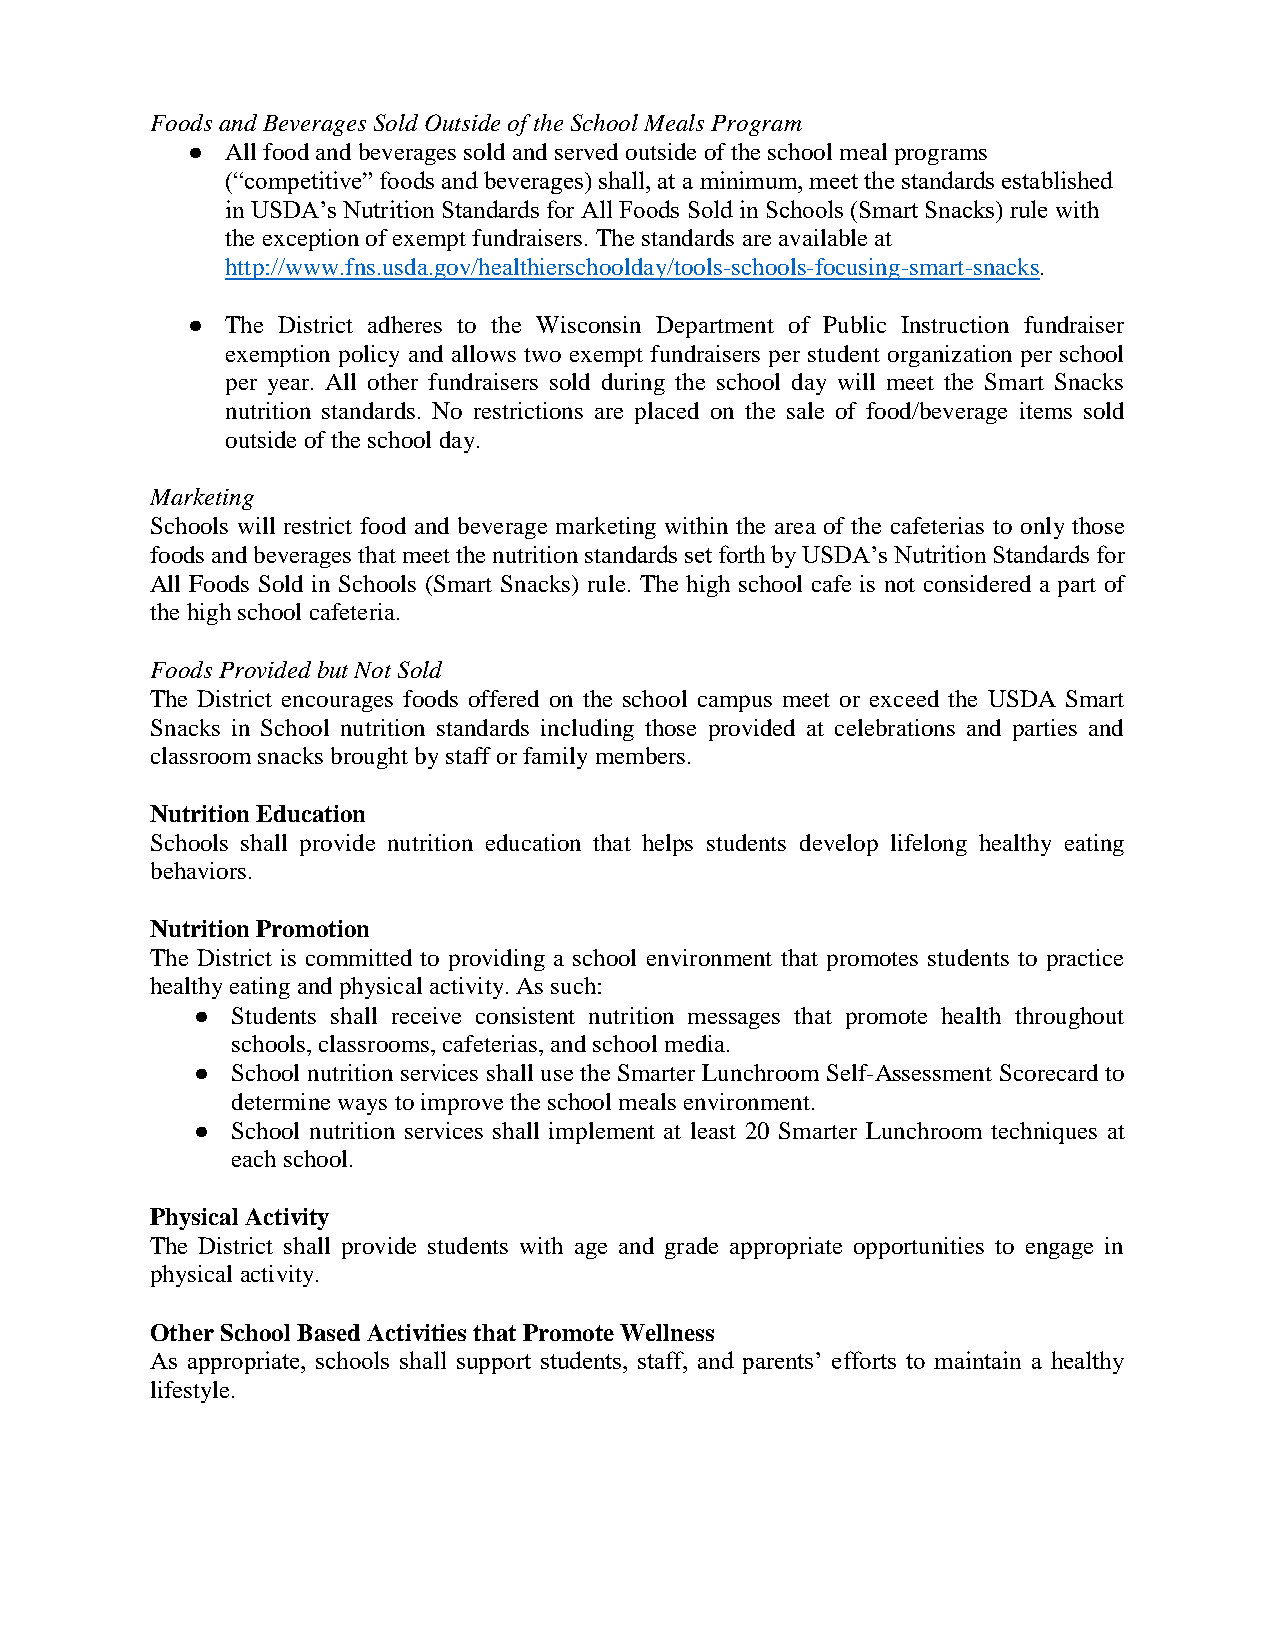
Foods and Beverages Sold Outside of the School Meals Program
 ●  All food and beverages sold and served outside of the school meal programs
 (“competitive” foods and beverages) shall, at a minimum, meet the standards established
 in USDA’s Nutrition Standards for All Foods Sold in Schools (Smart Snacks) rule with
 the exception of exempt fundraisers. The standards are available at
 http://www.fns.usda.gov/healthierschoolday/tools-schools-focusing-smart-snacks.
 ●  The District adheres to the Wisconsin Department of Public Instruction fundraiser
 exemption policy and allows two exempt fundraisers per student organization per school
 per year. All other fundraisers sold during the school day will meet the Smart Snacks
 nutrition standards. No restrictions are placed on the sale of food/beverage items sold
 outside of the school day.
 Marketing
 Schools will restrict food and beverage marketing within the area of the cafeterias to only those
 foods and beverages that meet the nutrition standards set forth by USDA’s Nutrition Standards for
 All Foods Sold in Schools (Smart Snacks) rule. The high school cafe is not considered a part of
 the high school cafeteria.
 Foods Provided but Not Sold
 The District encourages foods offered on the school campus meet or exceed the USDA Smart
 Snacks in School nutrition standards including those provided at celebrations and parties and
 classroom snacks brought by staff or family members.
 Nutrition Education
 Schools shall provide nutrition education that helps students develop lifelong healthy eating
 behaviors.
 Nutrition Promotion
 The District is committed to providing a school environment that promotes students to practice
 healthy eating and physical activity. As such:
 ● Students shall receive consistent nutrition messages that promote health throughout
 schools, classrooms, cafeterias, and school media.
 ● School nutrition services shall use the Smarter Lunchroom Self-Assessment Scorecard to
 determine ways to improve the school meals environment.
 ● School nutrition services shall implement at least 20 Smarter Lunchroom techniques at
 each school.
 Physical Activity
 The District shall provide students with age and grade appropriate opportunities to engage in
 physical activity.
 Other School Based Activities that Promote Wellness
 As appropriate, schools shall support students, staff, and parents’ efforts to maintain a healthy
 lifestyle.